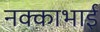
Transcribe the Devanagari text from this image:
नक्काभाई